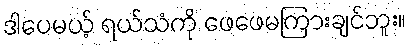
ဒါပေမယ့် ရယ်သံကို ဖေဖေမကြားချင်ဘူး။